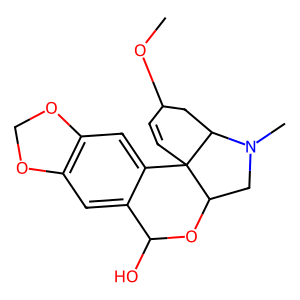
SMILES: COC1C=CC23c4cc5c(cc4C(O)OC2CN(C)C3C1)OCO5
Inhibits HIV replication: No